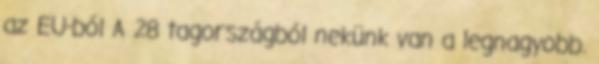
az EU-ból A 28 tagországból nekünk van a legnagyobb.